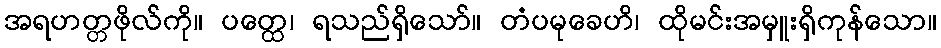
အရဟတ္တဖိုလ်ကို။ ပတ္ထေ၊ ရသည်ရှိသော်။ တံပမုခေဟိ၊ ထိုမင်းအမှူးရှိကုန်သော။